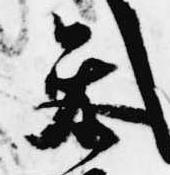
参